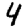
Digit: 4